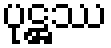
ပုဋ္ဌဿ